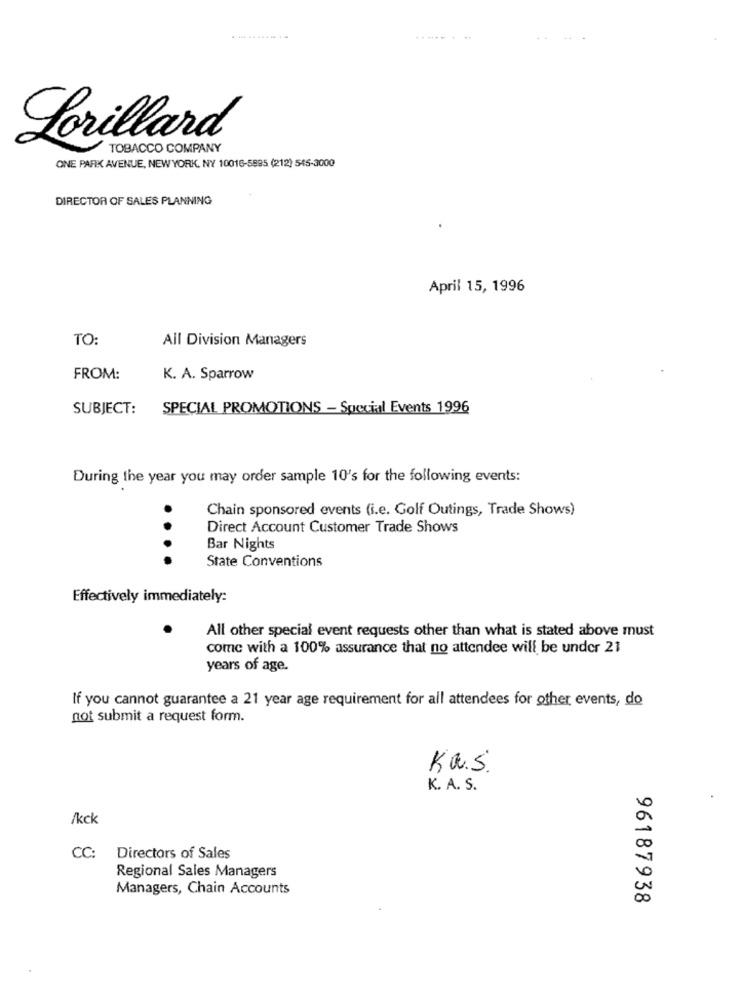
-----
Lorillard
TOBACCO COMPANY
ONE PARK AVENUE, NEW YORK, NY 10016-5895 (212) 545-3000
DIRECTOR OF SALES PLANNING
April 15, 1996
TO:
All Division Managers
FROM:
K. A. Sparrow
SUBJECT:
SPECIAL PROMOTIONS - Special Events 1996
During the year you may order sample 10's for the following events:
.
Chain sponsored events (i.e. Golf Outings, Trade Shows)
Direct Account Customer Trade Shows
Bar Nights
State Conventions
Effectively immediately:
All other special event requests other than what is stated above must
come with a 100% assurance that no attendee will be under 21
years of age.
If you cannot guarantee a 21 year age requirement for all attendees for other events, do
not submit a request form.
Kas
K. A. S.
/kck
0
CC: Directors of Sales
Regional Sales Managers
Managers, Chain Accounts
00
96187938